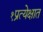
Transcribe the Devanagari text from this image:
१प्रत्येक्षात